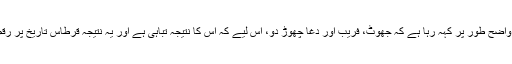
قرآن واضح طور پر کہہ رہا ہے کہ جھوٹ، فریب اور دغا چھوڑ دو، اس لیے کہ اس کا نتیجہ تباہی ہے اور یہ نتیجہ قرطاسِ تاریخ پر رقم ہے۔